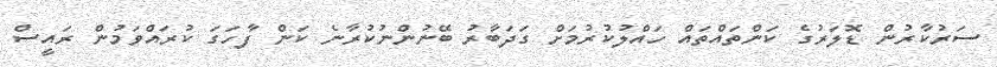
ސަރުކާރުން ޑޮލަރުގެ ކަންތައްތައް ހައްލުކުރުމަށް ގަދަބާރު ބޭނުންނުކުރާނެ ކަން ފާހަގަ ކުރައްވަމުން ރައީސް